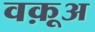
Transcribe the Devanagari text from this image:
वक़ूअ